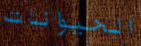
الحيوانات